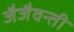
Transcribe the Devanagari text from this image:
जैजैवन्ती